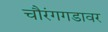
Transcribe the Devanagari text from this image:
चौरंगगडावर